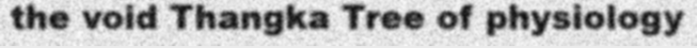
the void Thangka Tree of physiology